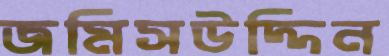
জমিসউদ্দিন